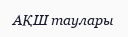
АҚШ таулары